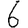
Digit: 6